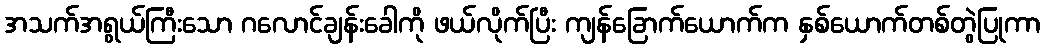
အသက်အရွယ်ကြီးသော ဂလောင်ချန်းခေါကို ဖယ်လိုက်ပြီး ကျန်ခြောက်ယောက်က နှစ်ယောက်တစ်တွဲပြုကာ